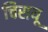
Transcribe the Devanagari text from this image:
चिरायू